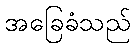
အခြေခံသည်